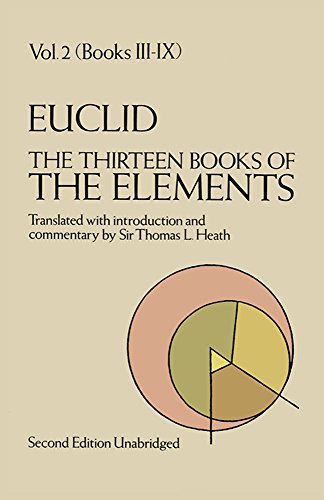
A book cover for The Thirteen Books of the Elements, Vol. 2: Books 3-9; Thomas L. Heath; Science & Math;